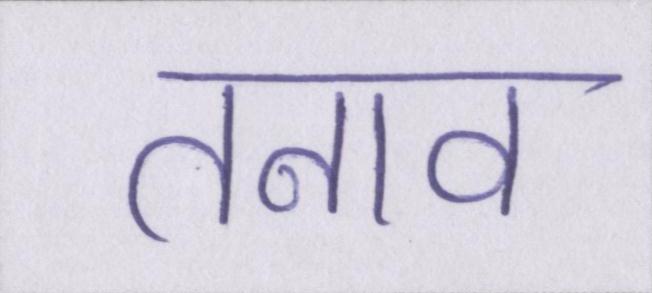
तनाव